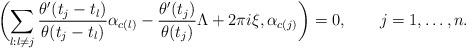
\begin{align*}\biggl(\sum_{l:l\neq j}{\theta'(t_j-t_l)\over \theta(t_j-t_l)}\alpha_{c(l)}-{\theta'(t_j)\over \theta(t_j)}\Lambda+2\pi i\xi,\alpha_{c(j)}\biggr)=0, \qquad j=1,\dots, n.\end{align*}